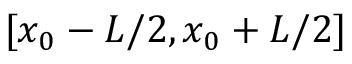
[ x _ { 0 } - L / 2 , x _ { 0 } + L / 2 ]